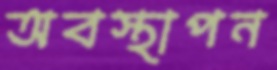
অবস্থাপন